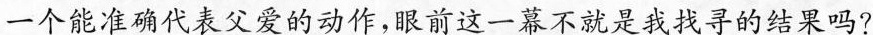
一个能准确代表父爱的动作，眼前这一幕不就是我找子的结果吗?